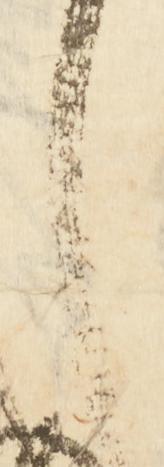
し